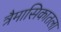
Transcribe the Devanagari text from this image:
त्रैमासिकातला